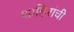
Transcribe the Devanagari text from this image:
शाहिरांची